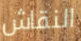
النقاش